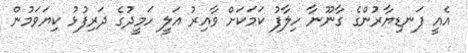
އެއީ ފަނޑިޔާރުންގެ ގާނޫނާ ހިލާފު ކަމަކަށް ވާއިރު އަލީ ހަމީދުގެ ދަރިފުޅު ކިޔަވަމުން